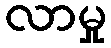
လာမှု